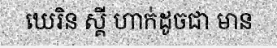
ឃេរិន ស្គី ហាក់ដូចជា មាន